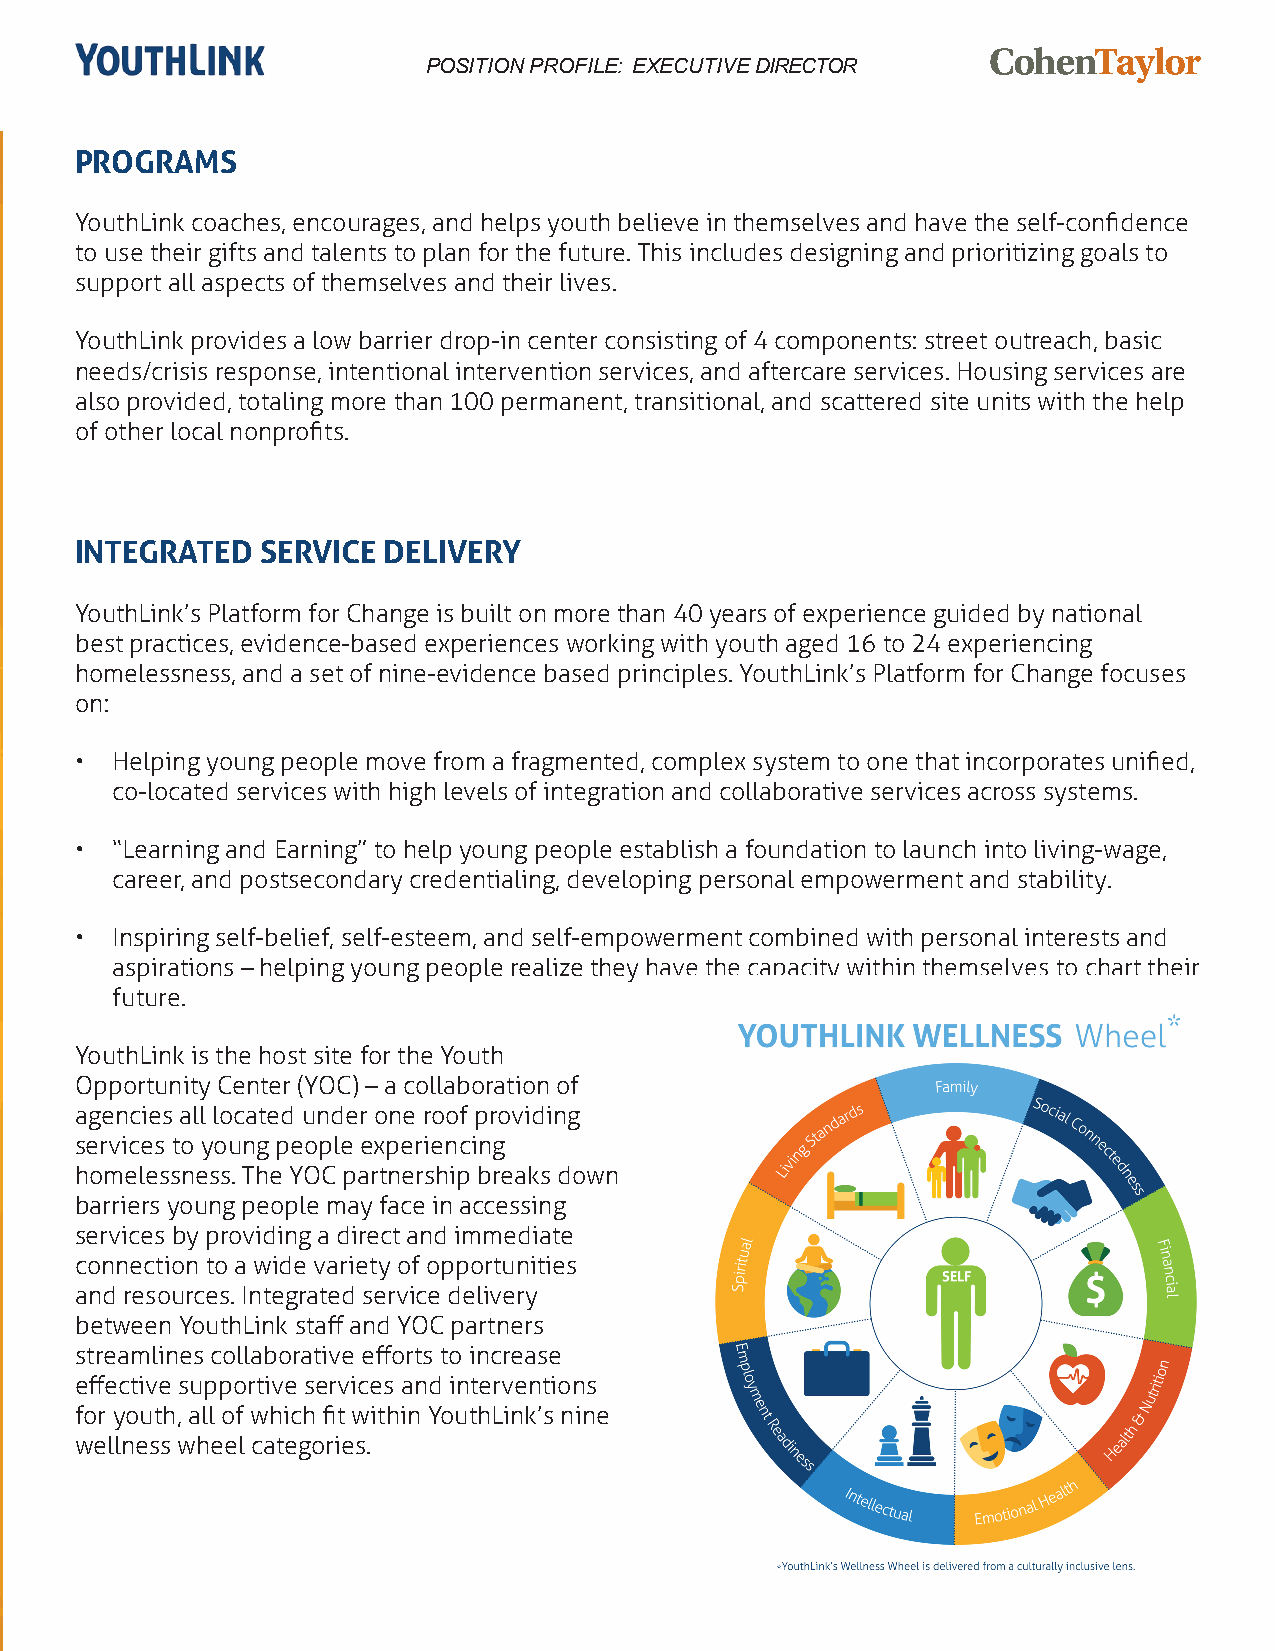
POSITION PROFILE: EXECUTIVE DIRECTOR
 PROGRAMS
 YouthLink coaches, encourages, and helps youth believe in themselves and have the self-confidence
 to use their gifts and talents to plan for the future. This includes designing and prioritizing goals to
 support all aspects of themselves and their lives.
 YouthLink provides a low barrier drop-in center consisting of 4 components: street outreach, basic
 needs/crisis response, intentional intervention services, and aftercare services. Housing services are
 also provided, totaling more than 100 permanent, transitional, and scattered site units with the help
 of other local nonprofits.
 INTEGRATED  SERVICE DELIVERY
 YouthLink’s Platform for Change is built on more than 40 years of experience guided by national
 best practices, evidence-based experiences working with youth aged 16 to 24 experiencing
 homelessness, and a set of nine-evidence based principles. YouthLink’s Platform for Change focuses
 on:
 • Helping young people move from a fragmented, complex system to one that incorporates unified,
 co-located services with high levels of integration and collaborative services across systems.
 • “Learning and Earning” to help young people establish a foundation to launch into living-wage,
 career, and postsecondary credentialing, developing personal empowerment and stability.
 • Inspiring self-belief, self-esteem, and self-empowerment combined with personal interests and
 aspirations – helping young people realize they have the capacity within themselves to chart their
 future.
 YouthLink is the host site for the Youth
 Opportunity Center (YOC) – a collaboration of
 agencies all located under one roof providing
 services to young people experiencing
 homelessness. The YOC partnership breaks down
 barriers young people may face in accessing
 services by providing a direct and immediate
 connection to a wide variety of opportunities
 and resources. Integrated service delivery
 between YouthLink staff and YOC partners
 streamlines collaborative efforts to increase
 effective supportive services and interventions
 for youth, all of which fit within YouthLink’s nine
 wellness wheel categories.